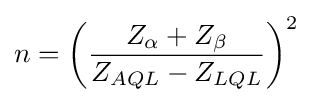
n=\left({\frac {Z_{\alpha }+Z_{\beta }}{Z_{AQL}-Z_{LQL}}}\right)^{2}